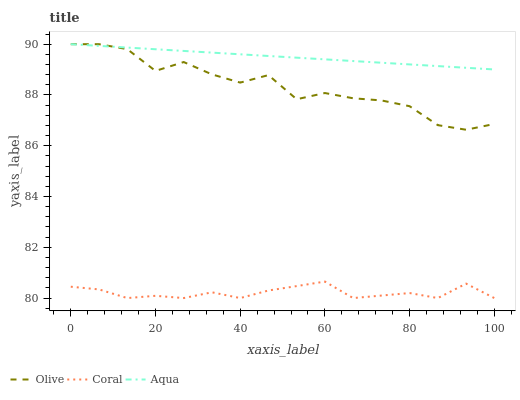
| xaxis_label | Olive | Coral | Aqua |
 | --- | --- | --- | --- |
 | 0 | 90 | 80.4 | 90 |
 | 6.67 | 90 | 80.3 | 89.9 |
 | 13.3 | 89.8 | 80 | 89.9 |
 | 20 | 88.9 | 80.1 | 89.8 |
 | 26.7 | 89.3 | 80 | 89.7 |
 | 33.3 | 88.8 | 80.2 | 89.7 |
 | 40 | 88.5 | 80 | 89.6 |
 | 46.7 | 88.8 | 80.3 | 89.5 |
 | 53.3 | 87.8 | 80.5 | 89.5 |
 | 60 | 88.1 | 80.6 | 89.4 |
 | 66.7 | 87.9 | 80 | 89.3 |
 | 73.3 | 87.8 | 80.1 | 89.3 |
 | 80 | 87.6 | 80.2 | 89.2 |
 | 86.7 | 86.8 | 80 | 89.1 |
 | 93.3 | 86.6 | 80.6 | 89.1 |
 | 100 | 86.9 | 80 | 89 |